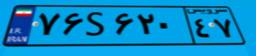
۰۳S۳۲۸۹۲